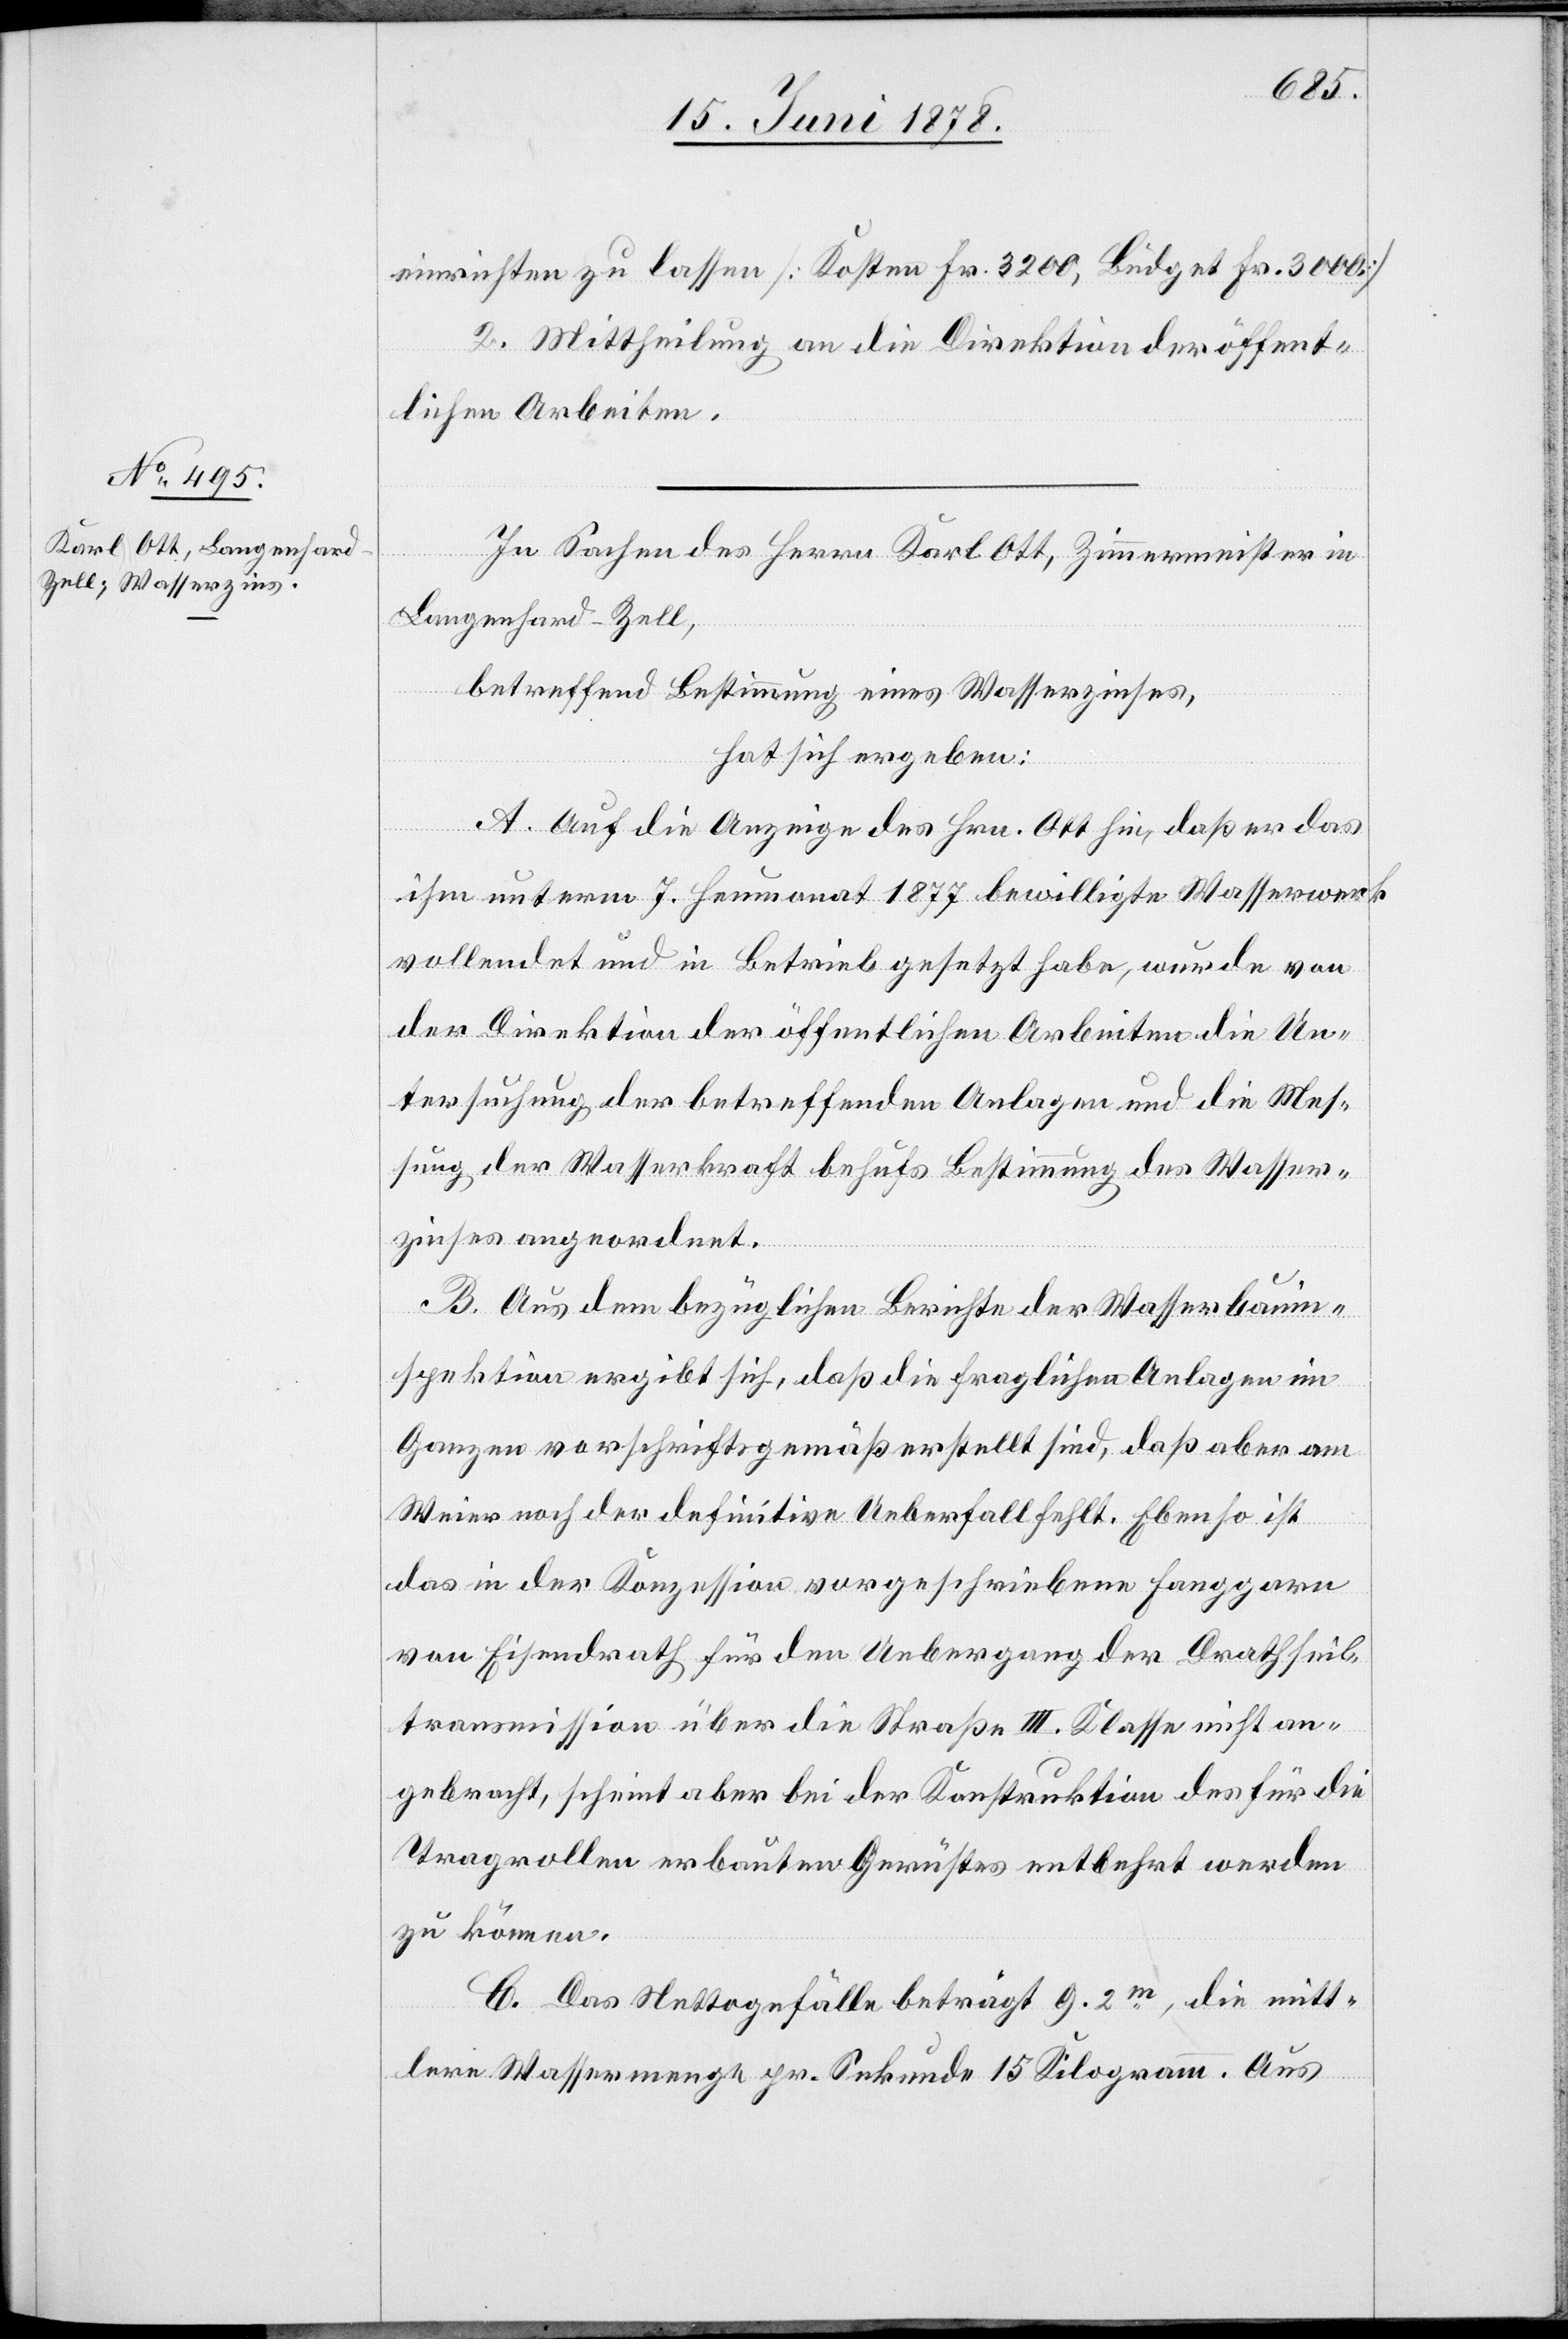
einrichten zu lassen [Kosten Fr. 3200, Büdget Fr. 3000]
2. Mittheilung an die Direktion der öffent¬
lichen Arbeiten.
In Sachen des Herrn Karl Ott, Zimmermeister in
Langenhard - Zell,
betreffend Bestimmung eines Wasserzinses,
hat sich ergeben:
A. Auf die Anzeige des Hrn. Ott hin, daß er das
ihm unterm 7. Heumonat 1877 bewilligte Wasserwerk
vollendet und in Betrieb gesetzt habe, wurde von
der Direktion der öffentlichen Arbeiten die Un¬
tersuchung der betreffenden Anlagen und die Mes¬
sung der Wasserkraft behufs Bestimmung des Wasser¬
zinses angeordnet.
B. Aus dem bezüglichen Berichte der Wasserbauin¬
spektion ergibt sich, daß die fraglichen Anlagen im
Ganzen vorschriftsgemäß erstellt sind, daß aber am
Weier noch der definitive Ueberfall fehlt. Ebenso ist
das in der Konzession vorgeschriebene Fanggarn
von Eisendrath für den Uebergang der Drathseil¬
transmission über die Straße III. Klasse nicht an¬
gebracht, scheint aber bei der Konstruktion des für die
Tragrollen erbauten Gerüstes entbehrt werden
zu können.
C. Das Nettogefälle beträgt 9.2m, die mitt¬
lere Wassermenge pr. Sekunde 15 Kilogramm. Aus